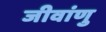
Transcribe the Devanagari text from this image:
जीवांणु